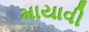
માયાવી